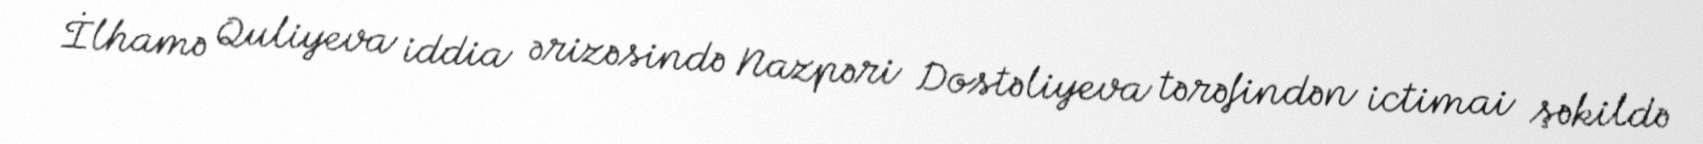
İlhamə Quliyeva iddia ərizəsində Nazpəri Dostəliyeva tərəfindən ictimai şəkildə